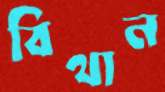
বিথান